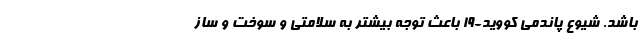
باشد. شیوع پاندمی کووید-۱۹ باعث توجه بیشتر به سلامتی و سوخت و ساز